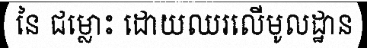
នៃ ជម្លោះ ដោយឈរលើមូលដ្ឋាន